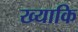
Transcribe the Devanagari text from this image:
ख्याकि